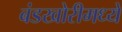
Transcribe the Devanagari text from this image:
बंडखोरीमध्ये